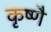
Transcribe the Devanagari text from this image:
कृष्णै